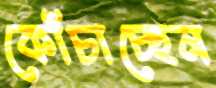
কোঁচাচ্ছেন